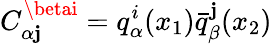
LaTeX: C_{\alpha\mathbf{j}}^{\betai}=q_{\alpha}^{i}(x_{1})\bar{{q}}_{\beta}^{\mathbf{j}}(x_{2})